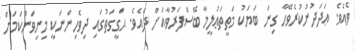
ވެއެވެ. ޢަދަދުނުކުރެވޭހާ ގިނަ ބަޔަކު މަތީތަޢުލީމާ ބޭސްފަރުވާއަށް ދެއެވެ. ޙަގީގަތުގައި ދިވެހިންނަކީ މިނިވަންކަމަށް